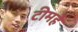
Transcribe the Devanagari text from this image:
टीमहै